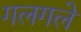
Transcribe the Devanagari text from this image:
गलगले